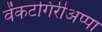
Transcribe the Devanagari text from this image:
वेंकटगिरीअप्पा